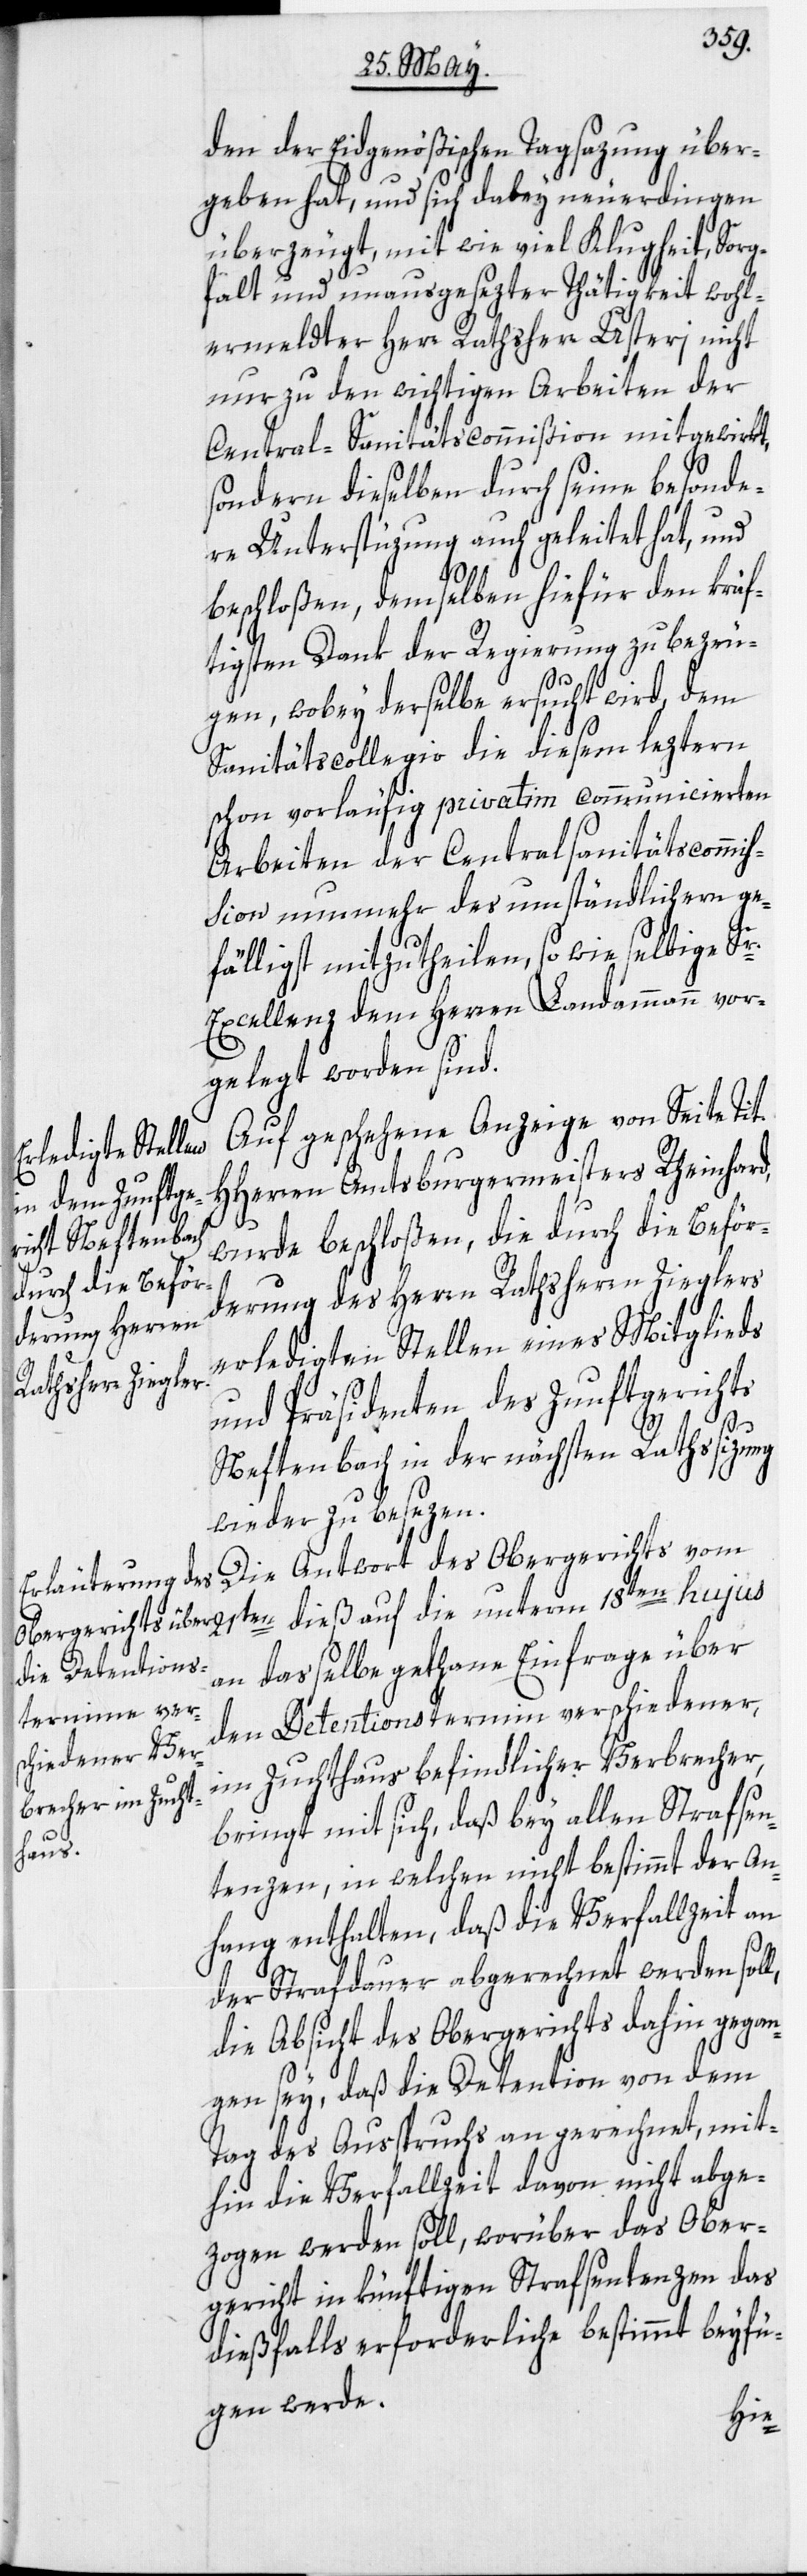
den der Eidgenößischen Tagsazung über¬
geben hat, und sich dabey neuerdingen
überzeugt, mit wie viel Klugheit, Sorg¬
falt und unausgesezter Thätigkeit wohl¬
ermeldter Herr Rathsherr Usteri nicht
nur zu den wichtigen Arbeiten der
Central-Sanitätscommißion mitgewirkt,
sondern dieselben durch seine besonde¬
re Unterstüzung auch geleitet hat, und
beschloßen, demselben hiefür den kräf¬
tigsten Dank der Regierung zu bezeu¬
gen, wobey derselbe ersucht wird, dem
Sanitätscollegio die diesem leztern
schon vorläufig privatim communicierten
Arbeiten der Centralsanitätscommis¬
sion nunmehr des umständlichern ge¬
fälligst mitzutheilen, so wie selbige Sr.
Excellenz dem Herren Landammann vor¬
gelegt worden sind.
Auf geschehene Anzeige von Seite Tit.
auf die unterm
HHerren Amtsburgermeisters Rheinhard,
wurde beschloßen, die durch die Beför¬
derung des Herrn Rathsherrn Zieglers
erledigten Stellen eines Mitglieds
und Präsidenten des Zunftgerichts
Neftenbach in der nächsten Rathssizung
wieder zu besezen.
Die Antwort des Obergerichts vom
an dasselbe gethane Einfrage über
den Detentionstermin verschiedener,
im Zuchthaus befindlicher Verbrecher,
bringt mit sich, daß bey allen Strafsen¬
tenzen, in welchen nicht bestimmt der An¬
hang enthalten, daß die Verfallzeit an
der Strafdauer abgerechnet werden soll,
die Absicht des Obergerichts dahin gegan¬
gen sey, daß die Detention von dem
Tag des Ausspruchs an gerechnet, mit¬
hin die Verfallzeit davon nicht abge¬
zogen werden soll, worüber das Ober¬
gericht in künftigen Strafsentenzen das
dießfalls erforderliche bestimmt beyfü¬
gen werde.
dieß